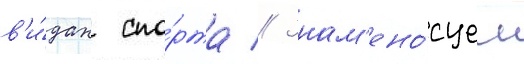
в'и́дах спо́рта // Знам'ено́сцем